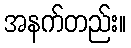
အနက်တည်း။